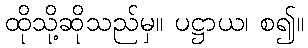
ထိုသို့ဆိုသည်မှ။ ပဋ္ဌာယ၊ စ၍။